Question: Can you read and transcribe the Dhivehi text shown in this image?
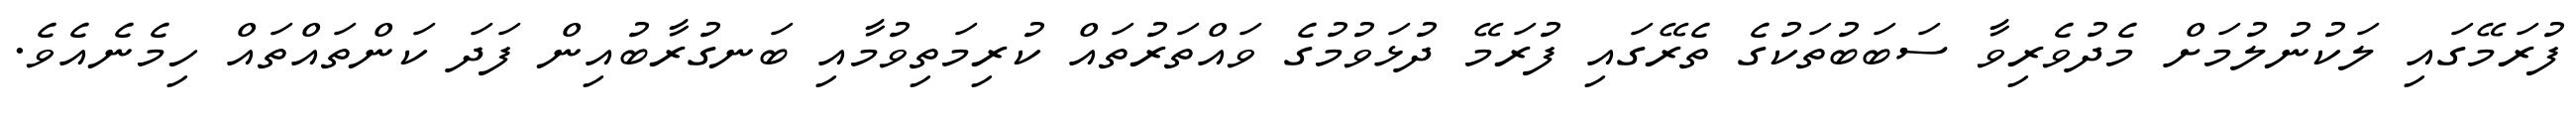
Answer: ފުރަމޭގައި ލަކުނުލުމަށް މެދުވެރިވާ ސަބަބުތަކުގެ ތެރޭގައި ފުރަމޭ ދުޅަވުމުގެ ވައްތަރުތައް ކުރިމަތިވުމާއި ބަނގުރާބުއިން ފަދަ ކަންތައްތައް ހިމެނެއެވެ.